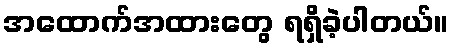
အထောက်အထားတွေ ရရှိခဲ့ပါတယ်။